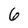
Character: 6